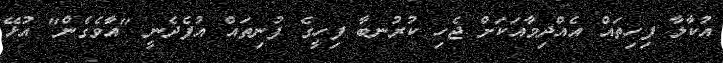
އުކާލާ ފިހިތައް އެއްދިމާއަކަށް ޖެހި ކުރުނބާ ފިހީގެ ފުނިތައް އުފެދެނީ "އާވެގެން" އުޅޭ